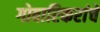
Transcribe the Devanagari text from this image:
गोवारिकरांचे